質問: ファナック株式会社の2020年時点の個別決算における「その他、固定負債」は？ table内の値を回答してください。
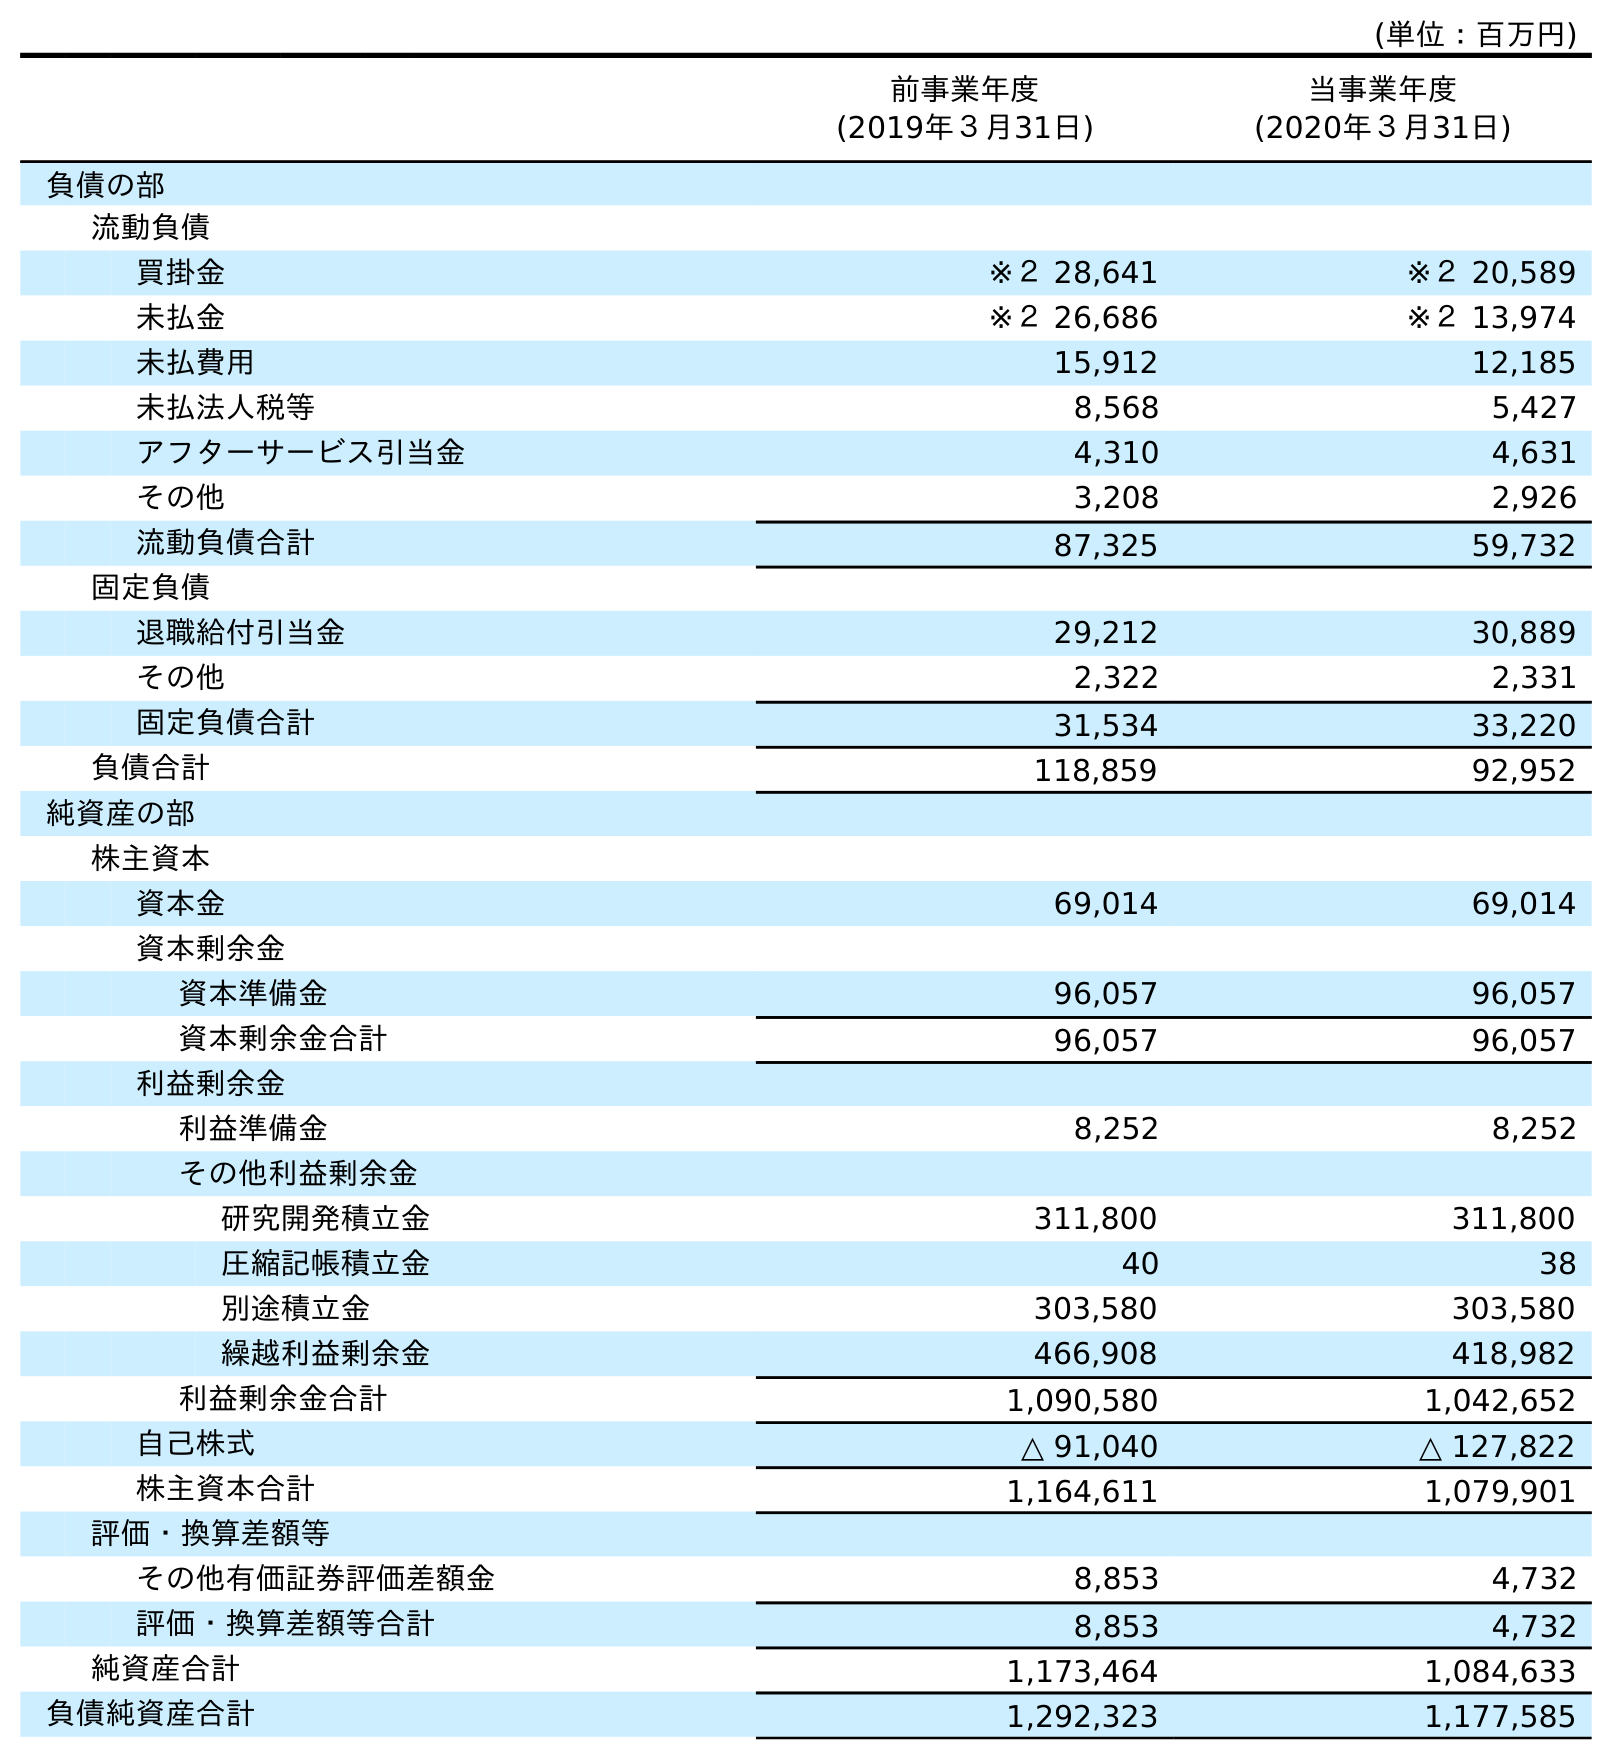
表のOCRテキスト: (単位：百万円) 前事業年度 (2019年３月31日) 当事業年度 (2020年３月31日) 負債の部 流動負債 買掛金 ※２ 28,641 ※２ 20,589 未払金 ※２ 26,686 ※２ 13,974 未払費用 15,912 12,185 未払法人税等 8,568 5,427 アフターサービス引当金 4,310 4,631 その他 3,208 2,926 流動負債合計 87,325 59,732 固定負債 退職給付引当金 29,212 30,889 その他 2,322 2,331 固定負債合計 31,534 33,220 負債合計 118,859 92,952 純資産の部 株主資本 資本金 69,014 69,014 資本剰余金 資本準備金 96,057 96,057 資本剰余金合計 96,057 96,057 利益剰余金 利益準備金 8,252 8,252 その他利益剰余金 研究開発積立金 311,800 311,800 圧縮記帳積立金 40 38 別途積立金 303,580 303,580 繰越利益剰余金 466,908 418,982 利益剰余金合計 1,090,580 1,042,652 自己株式 △ 91,040 △ 127,822 株主資本合計 1,164,611 1,079,901 評価・換算差額等 その他有価証券評価差額金 8,853 4,732 評価・換算差額等合計 8,853 4,732 純資産合計 1,173,464 1,084,633 負債純資産合計 1,292,323 1,177,585
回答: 2,331